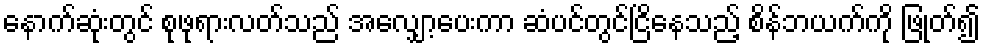
နောက်ဆုံးတွင် စုဖုရားလတ်သည် အလျှော့ပေးကာ ဆံပင်တွင်ငြိနေသည့် စိန်ဘယက်ကို ဖြုတ်၍